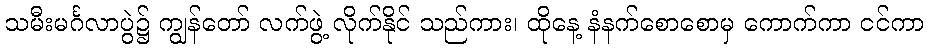
သမီးမင်္ဂလာပွဲ၌ ကျွန်တော် လက်ဖွဲ့ လိုက်နိုင် သည်ကား၊ ထိုနေ့ နံနက်စောစောမှ ကောက်ကာ ငင်ကာ